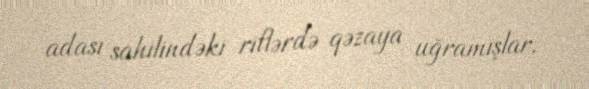
adası sahilindəki riflərdə qəzaya uğramışlar.